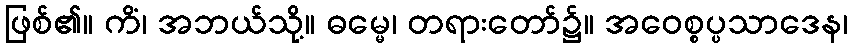
ဖြစ်၏။ ကိံ၊ အဘယ်သို့။ ဓမ္မေ၊ တရားတော်၌။ အဝေစ္စပ္ပသာဒေန၊